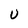
Character: U